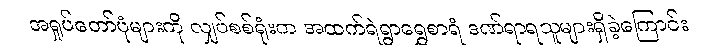
အရှုပ်တော်ပုံများကို လျှပ်စစ်ရုံးက အထက်ရဲရွာရွှေစာရံ ဒဏ်ရာရသူများရှိခဲ့ကြောင်း